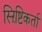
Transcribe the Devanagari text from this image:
स्ऱिष्टिकर्ता